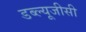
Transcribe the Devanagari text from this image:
डब्ल्यूजीसी